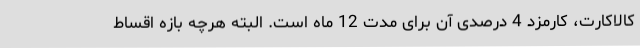
کالاکارت، کارمزد 4 درصدی آن برای مدت 12 ماه است. البته هرچه بازه اقساط